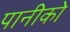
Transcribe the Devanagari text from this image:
पानीको